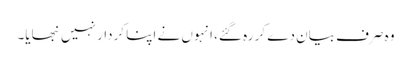
وہ صرف بیان دے کر رہ گئے، انہوں نے اپنا کردار نہیں نبھایا۔